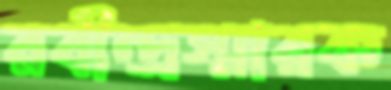
রবীন্দ্রস্মারক